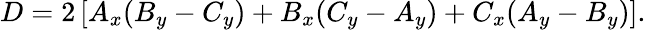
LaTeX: D=2\left[A_{x}(B_{y}-C_{y})+B_{x}(C_{y}-A_{y})+C_{x}(A_{y}-B_{y})\right].